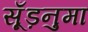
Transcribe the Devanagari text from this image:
सूँड़नुमा